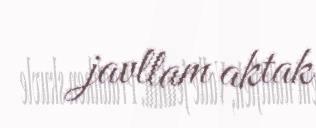
javllam aktak